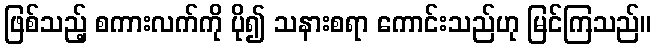
ဖြစ်သည့် စကားလက်ကို ပို၍ သနားစရာ ကောင်းသည်ဟု မြင်ကြသည်။